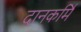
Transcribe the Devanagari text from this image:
दानकर्मि